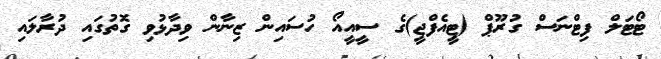
ޓޯޓަލް ފިޓްނަސް ގުރޫޕް (ޓީއެފްޖީ)ގެ ސީއީއޯ ހުސައިން ޒިނާން ވިދާޅުވި ގޮތުގައި ދުރާލައި